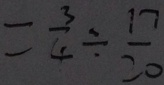
= \frac { 3 } { 4 } \div \frac { 1 7 } { 2 0 }